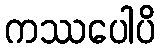
ကဿပေါပိ